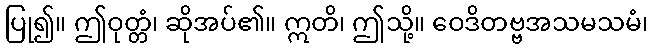
ပြု၍။ ဤဝုတ္တံ၊ ဆိုအပ်၏။ ဣတိ၊ ဤသို့။ ဝေဒိတဗ္ဗအသမသမံ၊